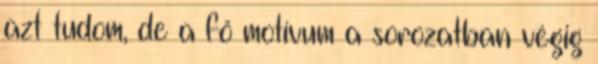
azt tudom, de a fő motívum a sorozatban végig